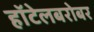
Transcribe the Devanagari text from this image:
हॉटेलबरोबर